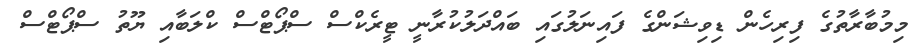
މިމުބާރާތުގެ ފިރިހެން ޑިވިޝަންގެ ފައިނަލުގައި ބައްދަލުކުރާނީ ޓީރެކްސް ސްޕޯޓްސް ކްލަބާއި ޔޫތު ސްޕޯޓްސް